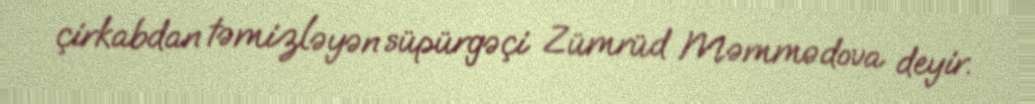
çirkabdan təmizləyən süpürgəçi Zümrüd Məmmədova deyir.